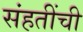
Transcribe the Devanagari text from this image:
संहतींची